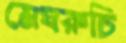
মেঘরুচি